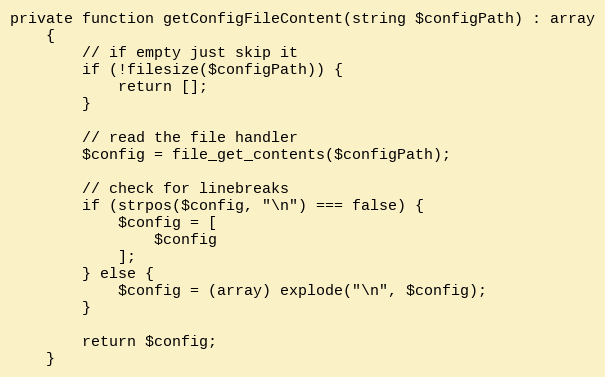
Language: PHP
private function getConfigFileContent(string $configPath) : array
    {
        // if empty just skip it
        if (!filesize($configPath)) {
            return [];
        }

        // read the file handler
        $config = file_get_contents($configPath);

        // check for linebreaks
        if (strpos($config, "\n") === false) {
            $config = [
                $config
            ];
        } else {
            $config = (array) explode("\n", $config);
        }

        return $config;
    }